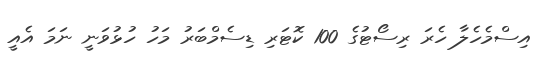
އިސްމެހެލާ ހެރަ ރިސޯޓުގެ 100 ކޮޓަރި ޑިސެމްބަރު މަހު ހުޅުވަނީ ނަމަ އެއީ